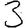
Digit: 3